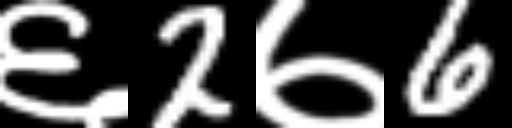
Text: ६2७6